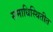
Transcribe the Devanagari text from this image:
समाधिस्थितीत